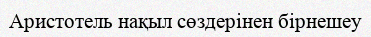
Аристотель нақыл сөздерінен бірнешеу